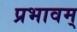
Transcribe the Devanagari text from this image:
प्रभावम्